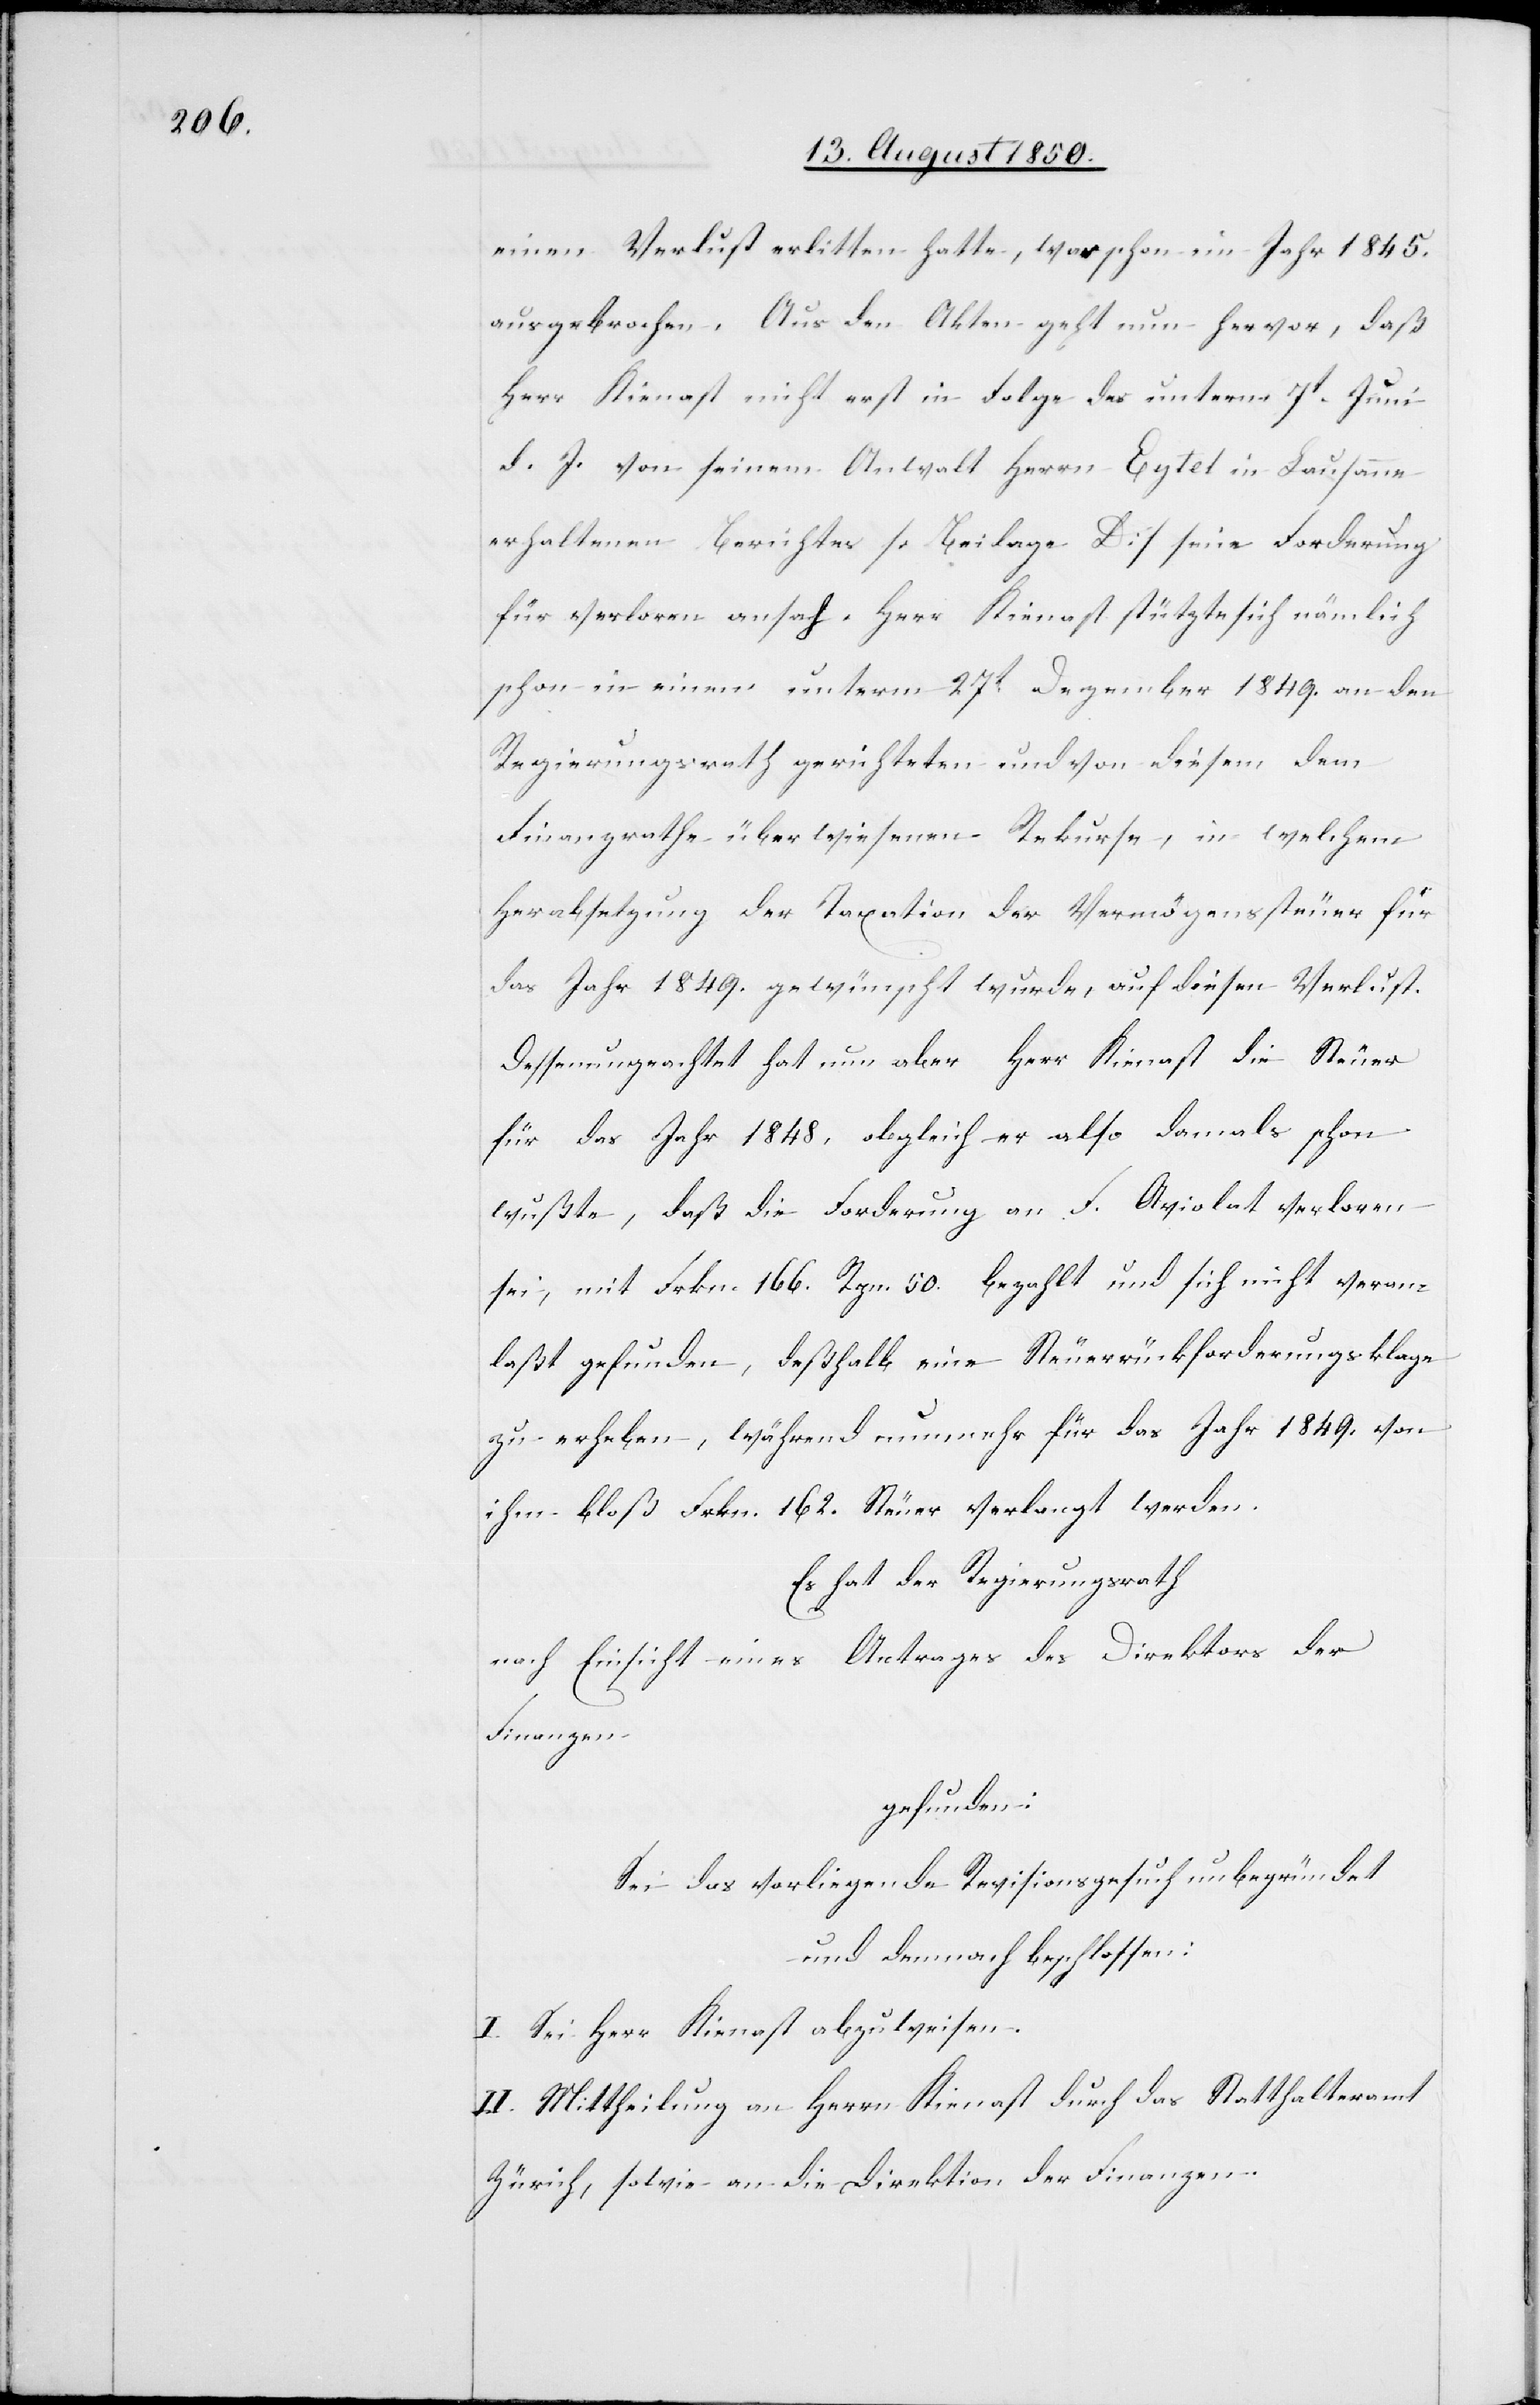
1845.

ausgebrochen. Aus den Akten geht nun hervor, daß
Herr Kienast nicht erst in Folge des unterm 7t Juni
d. J. von seinem Anwald Herrn Eytel in Lausanne
erhaltenen Berichtes [Beilage D] seine Forderung
für verloren ansah. Herr Kienast stützte sich nämlich
schon in einem unterm 27t Dezember 1849. an den
Regierungsrath gerichteten und von diesem dem
Finanzrathe überwiesenen Rekurse, in welchem
Herabsetzung der Taxation der Vermögenssteuer für
das Jahr 1849. gewünscht wurde, auf diesen Verlust.
Dessenungeachtet hat nun aber Herr Kienast die Steuer
für das Jahr 1848. obgleich er also damals schon
wußte, daß die Forderung an F. Aviolat verloren
sei, mit Frkn. 166. Rpn. 50. bezahlt und sich nicht veran¬
laßt gefunden, deßhalb eine Steuerrückforderungsklage
zu erheben, während nunmehr für das Jahr 1849. von
ihm bloß Frkn. 162. Steuer verlangt werden.
Es hat der Regierungsrath
nach Einsicht eines Antrages des Direktor der
Finanzen
gefunden:
Sei das vorliegende Revisionsgesuch unbegründet
und demnach beschlossen:
I. Sei Herr Kienast abzuweisen.
II. Mittheilung an Herrn Kienast durch das Statthalteramt
Zürich, sowie an die Direktion der Finanzen.